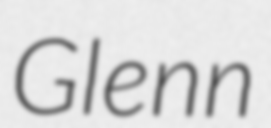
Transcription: Glenn